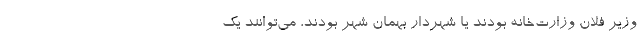
وزیر فلان وزارت‌خانه بودند یا شهردار بهمان شهر بودند، می‌توانند یک